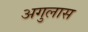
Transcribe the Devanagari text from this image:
अगुलास